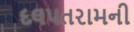
દલપતરામની